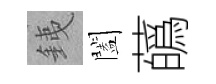
銕闔蘤